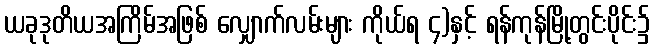
ယခုဒုတိယအကြိမ်အဖြစ် လျှောက်လမ်းများ ကိုယ်ရ ၄)နှင့် ရန်ကုန်မြို့တွင်းပိုင်း၌